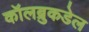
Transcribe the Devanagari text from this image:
कॉलब्रुकडेल